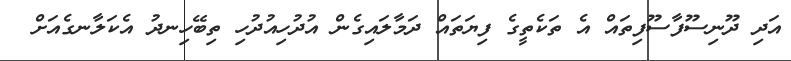
އަދި ދޫނިސޫފާސޫފިތައް އެ ތަކެތީގެ ފިޔަތައް ދަމާލައިގެން އުދުހިއުދުހި ތިބޭހިނދު އެކަލާނގެއަށް